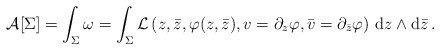
\begin{align*}{\cal A}[\Sigma]=\int_{\Sigma}\omega=\int_{\Sigma}{\cal L}\left(z,\bar{z}, \varphi(z,\bar{z}),v=\partial_z \varphi,\bar{v}=\partial_{\bar{z}}\varphi\right)\,{\mbox{d}} z \wedge\mbox{d}\bar{z}\,.\end{align*}